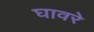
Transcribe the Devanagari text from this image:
घावरे